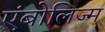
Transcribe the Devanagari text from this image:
एंबोलिज्म